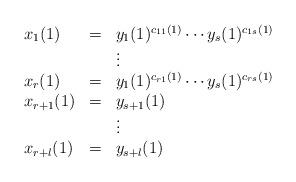
LaTeX: \begin{align*}\begin{array}{lll}x_1(1)&=& y_1(1)^{c_{11}(1)}\cdots y_s(1)^{c_{1s}(1)}\\&&\vdots\\x_r(1)&=& y_1(1)^{c_{r1}(1)}\cdots y_s(1)^{c_{rs}(1)}\\x_{r+1}(1)&=& y_{s+1}(1)\\&&\vdots\\x_{r+l}(1)&=& y_{s+l}(1)\end{array}\end{align*}